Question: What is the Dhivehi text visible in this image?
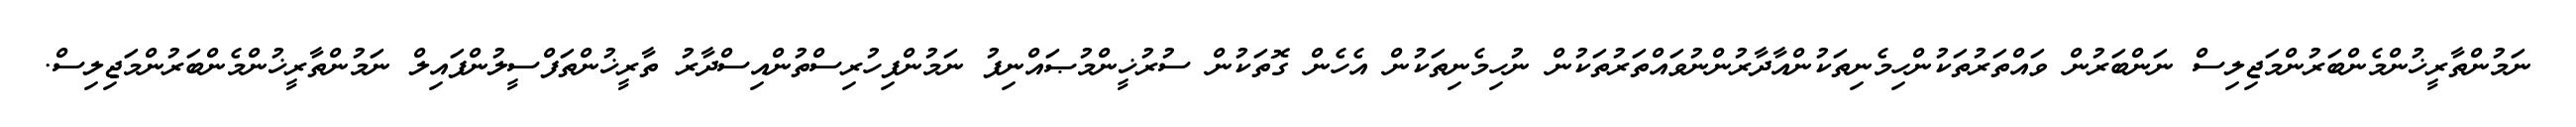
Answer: ނަމުންތާރީޚުންމެންބަރުންމަޖިލިސް ނަންބަރުން ވައްތަރުތަކުންހިމެނިތަކުންއާދާރުންނުވައްތަރުތަކުން ނުހިމެނިތަކުން އެހެން ގޮތަކުން ސުރުޚީންމުޞައްނިފު ނަމުންފިހުރިސްތުންއިސްދާރު ތާރީޚުންތަފްސީލުންފައިލް ނަމުންތާރީޚުންމެންބަރުންމަޖިލިސް.